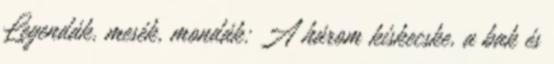
Legendák, mesék, mondák: A három kiskecske, a bak és